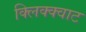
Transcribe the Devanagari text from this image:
क्लिक्क्वाट